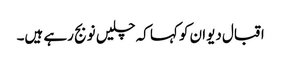
اقبال دیوان کو کہا کہ چلیں نو بج رہے ہیں۔